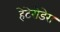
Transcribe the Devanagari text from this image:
हेटेरोडेरा